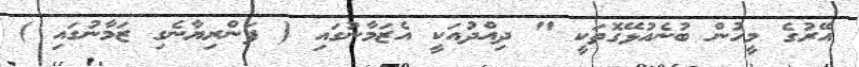
އޭރުގެ މީހުން ބުނެއުޅޭގޮތަކީ " ދިއްދުއަކީ އެޒަމާނުގައި ( ފަންރިޔާނެގި ޒަމާނުގައި )